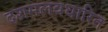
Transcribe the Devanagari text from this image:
दशमलवधारित